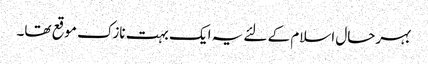
بہرحال اسلام کے لئے یہ ایک بہت نازک موقع تھا۔